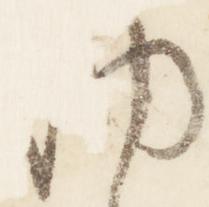
納